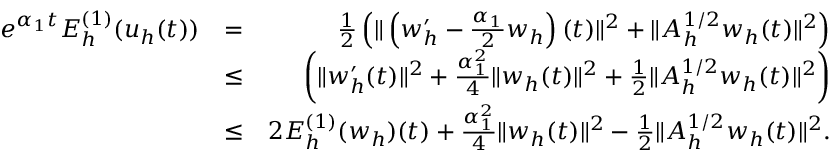
\begin{array} { r l r } { e ^ { \alpha _ { 1 } t } { \cal E } _ { h } ^ { ( 1 ) } ( u _ { h } ( t ) ) } & { = } & { \frac { 1 } { 2 } \left( \| \left( w _ { h } ^ { \prime } - \frac { \alpha _ { 1 } } { 2 } w _ { h } \right) ( t ) \| ^ { 2 } + \| A _ { h } ^ { 1 / 2 } w _ { h } ( t ) \| ^ { 2 } \right) } \\ & { \leq } & { \left( \| w _ { h } ^ { \prime } ( t ) \| ^ { 2 } + \frac { \alpha _ { 1 } ^ { 2 } } { 4 } \| w _ { h } ( t ) \| ^ { 2 } + \frac { 1 } { 2 } \| A _ { h } ^ { 1 / 2 } w _ { h } ( t ) \| ^ { 2 } \right) } \\ & { \leq } & { 2 { \cal E } _ { h } ^ { ( 1 ) } ( w _ { h } ) ( t ) + \frac { \alpha _ { 1 } ^ { 2 } } { 4 } \| w _ { h } ( t ) \| ^ { 2 } - \frac { 1 } { 2 } \| A _ { h } ^ { 1 / 2 } w _ { h } ( t ) \| ^ { 2 } . } \end{array}